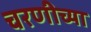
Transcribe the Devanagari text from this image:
चरणीच्या